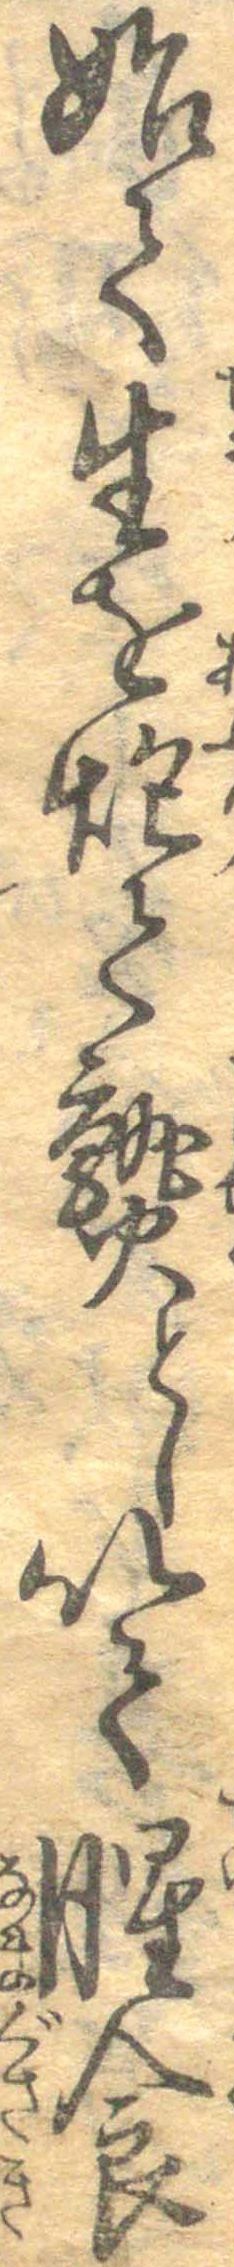
始て生を炮て熟とし以て腥食